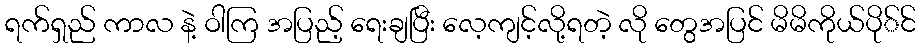
ရက်ရှည် ကာလ နဲ့ ဝါကြ အပြည့် ရေးချပြီး လေ့ကျင့်လို့ရတဲ့ လို တွေအပြင် မိမိကိုယ်ပို်င်